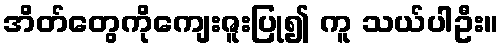
အိတ်တွေကိုကျေးဇူးပြု၍ ကူ သယ်ပါဦး။